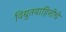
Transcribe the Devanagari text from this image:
विद्युतवाहिनीचे